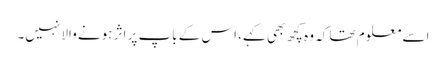
اسے معلو م تھا کہ وہ کچھ بھی کہے، اس کے باپ پر اثر ہونے والا نہیں۔